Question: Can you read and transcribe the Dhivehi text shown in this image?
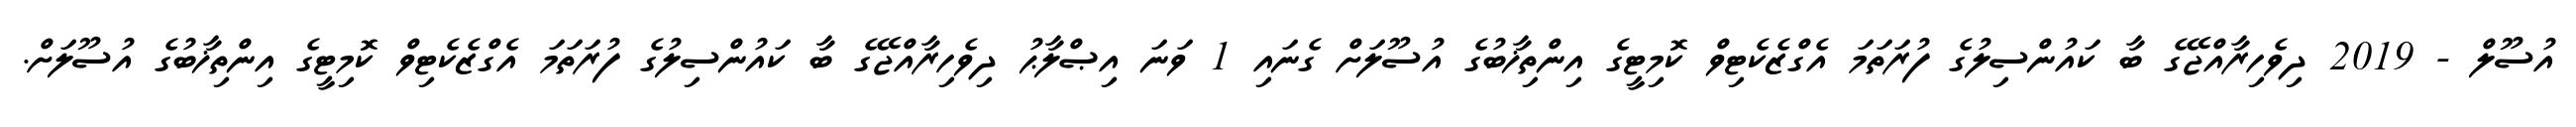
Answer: އުސޫލް - 2019 ދިވެހިރާއްޖޭގެ ބާ ކައުންސިލުގެ ފުރަތަމަ އެގްޒެކެޓިވް ކޮމިޓީގެ އިންތިޚާބުގެ އުސޫލަށް ގެނައި 1 ވަނަ އިޞްލާޙު ދިވެހިރާއްޖޭގެ ބާ ކައުންސިލުގެ ފުރަތަމަ އެގްޒެކެޓިވް ކޮމިޓީގެ އިންތިޚާބުގެ އުސޫލަށް.